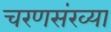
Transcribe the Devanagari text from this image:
चरणसंख्या